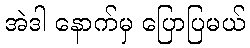
အဲဒါ နောက်မှ ပြောပြမယ်